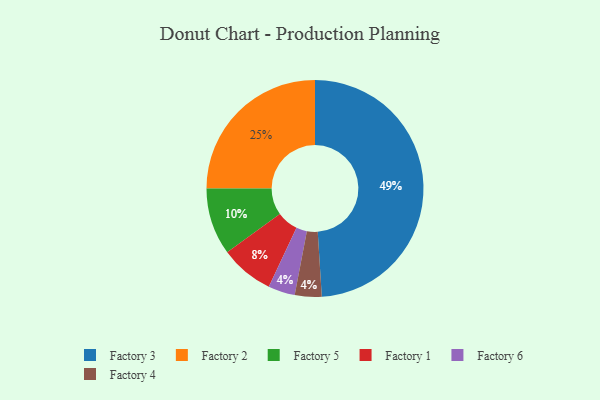
{"axis": {"x": "Category", "y": "Percentage"}, "legend": ["Factory 1", "Factory 2", "Factory 3", "Factory 4", "Factory 5", "Factory 6"], "data": [{"x": "Factory 5", "y": 10, "type": "Factory 5"}, {"x": "Factory 6", "y": 4, "type": "Factory 6"}, {"x": "Factory 4", "y": 4, "type": "Factory 4"}, {"x": "Factory 1", "y": 8, "type": "Factory 1"}, {"x": "Factory 2", "y": 25, "type": "Factory 2"}, {"x": "Factory 3", "y": 49, "type": "Factory 3"}]}